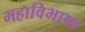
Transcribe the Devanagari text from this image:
महाविभाषा